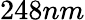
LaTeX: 248nm